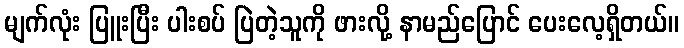
မျက်လုံး ပြူးပြီး ပါးစပ် ပြဲတဲ့သူကို ဖားလို့ နာမည်ပြောင် ပေးလေ့ရှိတယ်။